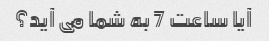
آیا ساعت 7 به شما می آید؟